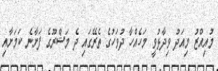
މުއިއްޒު މިއަދު ވިދާޅުވީ މަހެއްހާ ދުވަހުގެ ތެރޭގައި ދެ މަޝްރޫގެ ފަށާނެ ކަމަށާއި